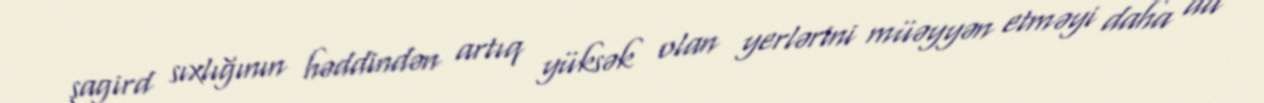
şagird sıxlığının həddindən artıq yüksək olan yerlərini müəyyən etməyi daha da